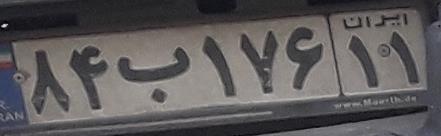
۸۴ب۱۷۶۱۱